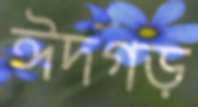
ঈদগড়